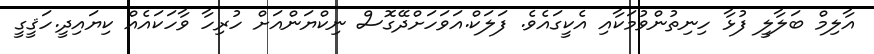
އާލިމް ބަލާލީ ފުޅާ ހިނިތުންވުމަކާއި އެކީގައެވެ. ފަލަކް.އަވަހަށްދޭގޮސް ނިކްޔަންއަށް ހުރިހާ ވާހަކައެއް ކިޔައިދީ.ހަޤީގީ